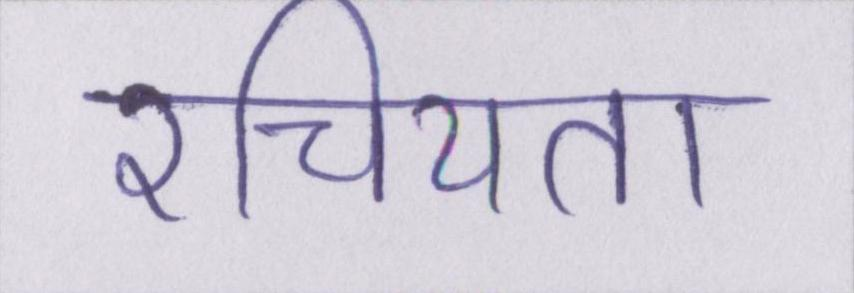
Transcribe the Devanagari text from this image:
रचियता